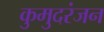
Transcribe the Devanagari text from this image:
कुमुदरंजन